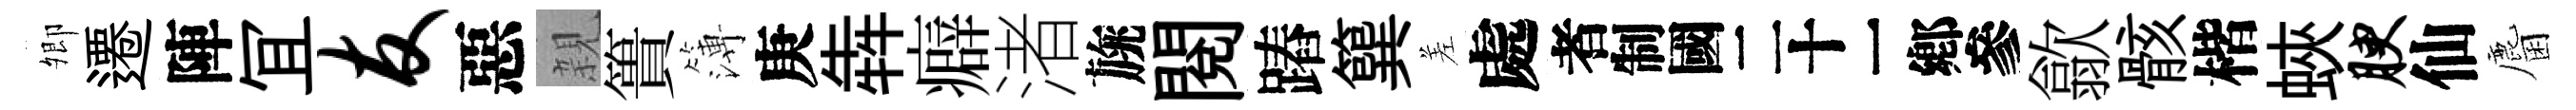
𡖖遷陣冝友惡親簣簿庚犇癖渚旐閲蹖簨差處识歙骸楷蛺腴仙麕